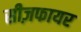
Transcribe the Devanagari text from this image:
सीज़फायर